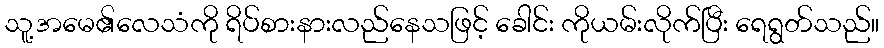
သူ့အမေ၏လေသံကို ရိပ်စားနားလည်နေသဖြင့် ခေါင်း ကိုယမ်းလိုက်ပြီး ရေရွတ်သည်။